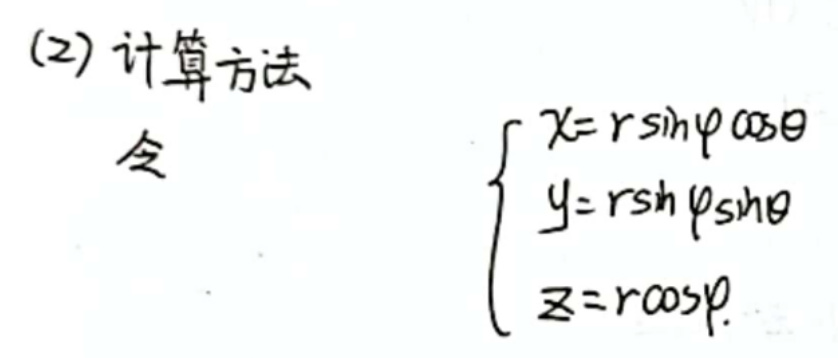
(2) 计算方法
令
\[
\begin{cases}
x = r\sin\varphi\cos\theta \\
y = r\sin\varphi\sin\theta \\
z = r\cos\varphi
\end{cases}
\]